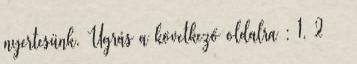
nyertesünk. Ugrás a következő oldalra : 1, 2 ▪▪